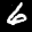
Label: 6